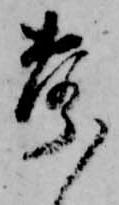
声